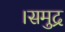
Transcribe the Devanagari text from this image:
।समुद्र